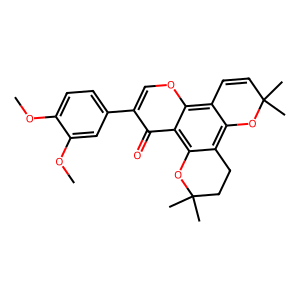
SMILES: COc1ccc(-c2coc3c4c(c5c(c3c2=O)OC(C)(C)CC5)OC(C)(C)C=C4)cc1OC
Inhibits HIV replication: No